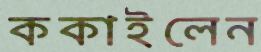
ককাইলেন